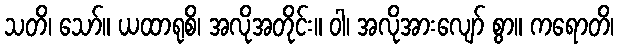
သတိ၊ သော်။ ယထာရုစိ၊ အလိုအတိုင်း။ ဝါ၊ အလိုအားလျော် စွာ။ ကရောတိ၊